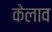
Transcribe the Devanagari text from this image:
केलाव